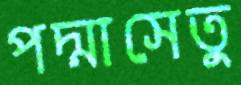
পদ্মাসেতু